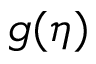
g ( \eta )